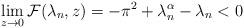
LaTeX: \begin{align*} \lim_{z \to 0} {\cal F} (\lambda_n, z) = - \pi^2 + \lambda^\alpha_n - \lambda_n < 0 \end{align*}